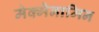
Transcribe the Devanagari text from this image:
मेक्मेनामिन